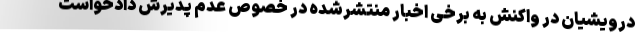
درویشیان در واکنش به برخی اخبار منتشرشده در خصوص عدم پذیرش دادخواست